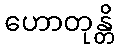
ဟောတုန္တိ